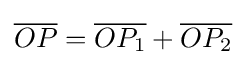
{\overline {OP}}={\overline {OP_{1}}}+{\overline {OP_{2}}}